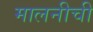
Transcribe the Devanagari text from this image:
मालनीची